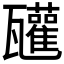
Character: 𤮳